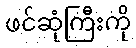
ဖင်ဆုံကြီးကို